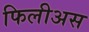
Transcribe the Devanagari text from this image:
फिलीअस